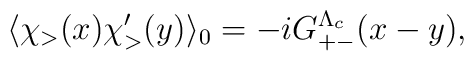
\langle \chi_>(x)\chi_>'(y)\rangle_0 = - i G_{+-}^{\Lambda_c} (x-y),